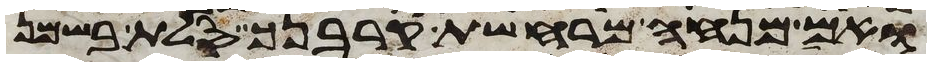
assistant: ואם מנחה מרחשת קרבנך סלת בשמן